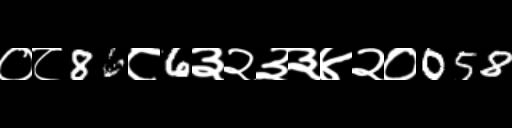
Text: ०८86८6३२३३४२०058